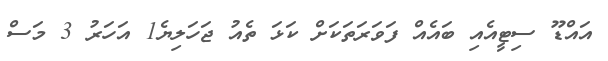
އައްޑޫ ސިޓީއެއި ބައެއް ފަވަރަތަކަށް ކަޅަ ތެއު ޖަހަލިޔެ1 އަހަރު 3 މަސް